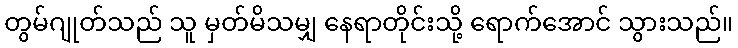
တွမ်ဂျုတ်သည် သူ မှတ်မိသမျှ နေရာတိုင်းသို့ ရောက်အောင် သွားသည်။